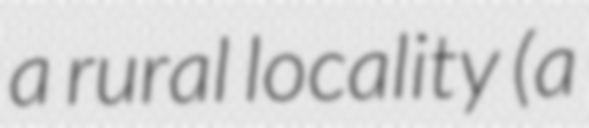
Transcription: a rural locality (a